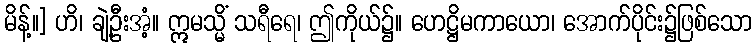
မိန့်။] ဟိ၊ ချဲ့ဦးအံ့။ ဣမသ္မိံ သရီရေ၊ ဤကိုယ်၌။ ဟေဋ္ဌိမကာယော၊ အောက်ပိုင်း၌ဖြစ်သော